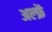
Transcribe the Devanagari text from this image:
अल्फ्रें